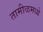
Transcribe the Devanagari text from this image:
तामीळमध्ये